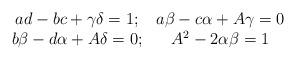
LaTeX: \begin{align*}\begin{array}{cc}ad-bc+\gamma\delta =1; & a\beta-c\alpha+A\gamma=0 \\b\beta-d\alpha+A\delta=0; & A^2-2\alpha\beta=1\end{array}\end{align*}